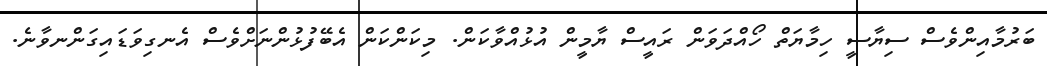
ބަރުމާއިންވެސް ސިޔާސީ ހިމާޔަތް ހޯއްދަވަން ރައީސް ޔާމީން އުޅުއްވާކަން. މިކަންކަން އެބޭފުޅުންނަށްވެސް އެނގިވަޑައިގަންނވާނެ.